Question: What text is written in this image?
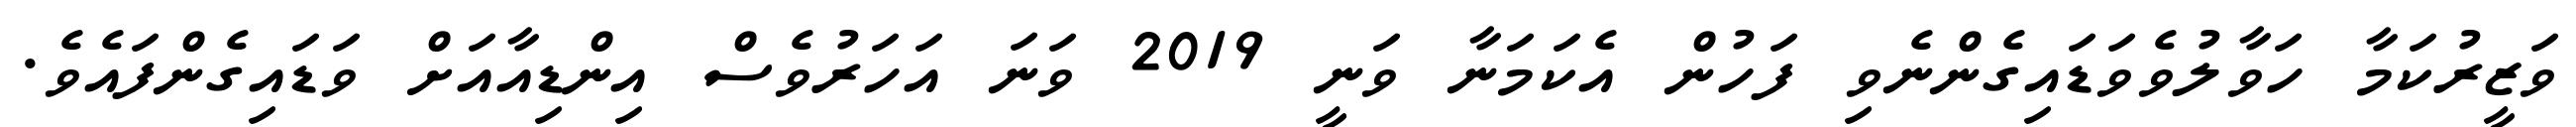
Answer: ވަޒީރުކަމާ ހަވާލުވެވަޑައިގެންނެވި ފަހުން އެކަމަނާ ވަނީ 2019 ވަނަ އަހަރުވެސް އިންޑިއާއަށް ވަޑައިގެންފައެވެ.